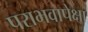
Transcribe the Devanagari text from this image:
पराभवापेक्षा